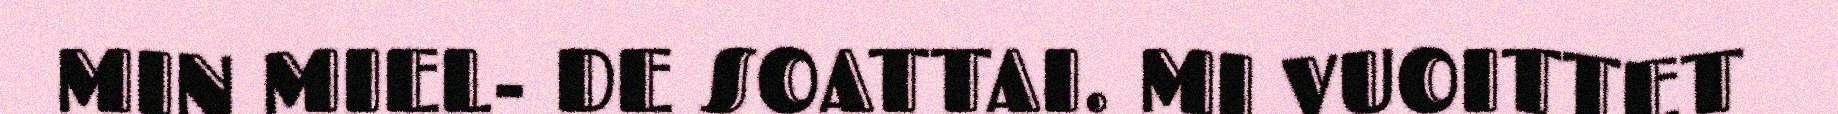
MIN MIEL- DE SOATTAI. MI VUOITTET